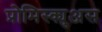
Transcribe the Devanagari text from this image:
प्रोमिस्क्युअस